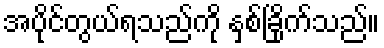
အပိုင်တွယ်ရသည်ကို နှစ်ခြိုက်သည်။